Madras plague regulations and rules for district municipalities and other towns and villages
Disease focus: Plague
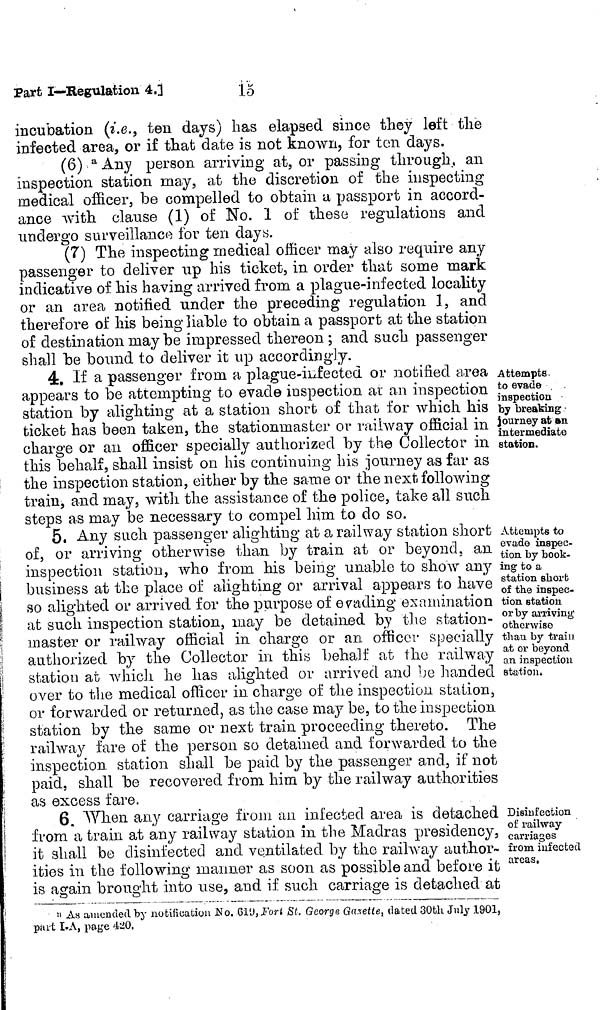
15
Part I—Regulation 4.]
incubation (i.e., ten days) has elapsed since they left the
infected area, or if that date is not known, for ton days.
(6) Any person arriving at, or passing through, an
inspection station may, at the discretion of the inspecting
medical officer, be compelled to obtain a, passport in accord-
ance with clause (1) of No. 1 of these regulations and
undergo surveillance for ten day.
(7) The inspecting medical officer may also require any
passenger to deliver up his ticket, in order that some mark
indicative of his having arrived from, a plague-infected locality
or an area, notified under the preceding regulation 1, and
therefore of his being liable to obtain a passport at the station
of destination may be impressed thereon ; and such passenger
shall be bound to deliver it up accordingly.
Attempts
to evade
inspection
by breaking
journey at an
intermediate
station.
4. If a passenger from, a plague-infected or notified area
appears to be attempting to evade inspection at an inspection
station by alighting at a station short of that- for which his
ticket has been taken, the station master or railway official in
charge or an officer specially authorized by the Collector in
this behalf, shall insist on his continuing his journey as far as
the inspection station, either by the same or the next following
train, and may, with the assistance of the police, take all such
steps as may be necessary to compel him to do so.
Attempts to
evade inspec-
tion, by book-
ing to a
station sliorb
of the inspec-
tion station
or by arriving
otherwise
than by train
at or beyond
an inspection
station»
5, Any such passenger alighting at a railway station short
of, or arriving otherwise than by train at or beyond, an
inspection station, who from his being unable to show any
business at the place of alighting or arrival appears to have
so alighted or arrived for the purpose of evading examination
at such inspection station, may be detained by the station-
master or railway official in charge or an. officer specially
authorized by the Collector in this behalf at the railway
station at which he has alighted or arrived and be handed
over to the medical officer in charge of the inspection station,
or forwarded or returned, as the case may be, to the inspection
station by the same or next train proceeding thereto. The
railway fare of the person so detained and forwarded to the
inspection, station shall be paid by the passenger and, if not
paid, shall be recovered from him by the railway authorities
as excess fare.
Disinfection
of railway
carriages
from infected
areas,
6. When any carriage from an infected area is detached
from a train at any railway station in the Madras presidency,
it shall be disinfected and ventilated by the railway author-
ities in the following manner as soon as possible and before it
is again, brought into use, and if such carriage is detached at
a As amended by notification No. 619, Fort St. George Gazette, dated 30th July 1901,
part I-A, page 420.